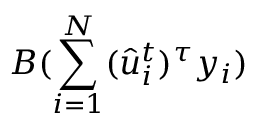
B ( { \sum _ { i = 1 } ^ { N } ( \hat { u } _ { i } ^ { t } ) ^ { \tau } { y } _ { i } } )